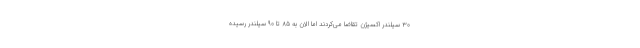
۳۰ سیلندر اکسیژن تقاضا می‌کردند اما الان به ۸۵ تا ۹۰ سیلندر رسیده